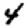
Digit: 4